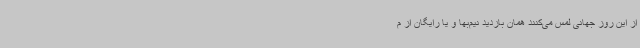
از این روز جهانی لمس می‌کنند همان بازدید نیم‌بها و یا رایگان از م